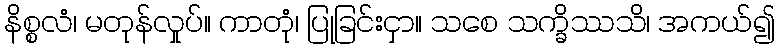
နိစ္စလံ၊ မတုန်လှုပ်။ ကာတုံ၊ ပြုခြင်းငှာ။ သစေ သက္ခိဿသိ၊ အကယ်၍